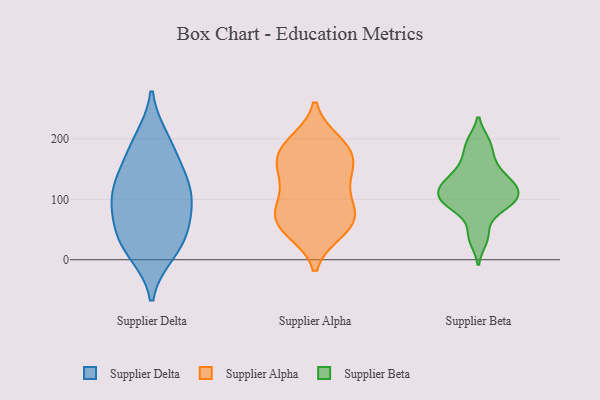
{"axis": {"x": "Active Users", "y": "Value"}, "legend": ["Supplier Alpha", "Supplier Beta", "Supplier Delta"], "data": [{"x": "", "y": 36, "type": "Supplier Delta"}, {"x": "", "y": 144, "type": "Supplier Delta"}, {"x": "", "y": 90, "type": "Supplier Delta"}, {"x": "", "y": 190, "type": "Supplier Delta"}, {"x": "", "y": 59, "type": "Supplier Delta"}, {"x": "", "y": 113, "type": "Supplier Delta"}, {"x": "", "y": 149, "type": "Supplier Delta"}, {"x": "", "y": 108, "type": "Supplier Delta"}, {"x": "", "y": 104, "type": "Supplier Delta"}, {"x": "", "y": 200, "type": "Supplier Delta"}, {"x": "", "y": 16, "type": "Supplier Delta"}, {"x": "", "y": 11, "type": "Supplier Delta"}, {"x": "", "y": 52, "type": "Supplier Delta"}, {"x": "", "y": 47, "type": "Supplier Alpha"}, {"x": "", "y": 108, "type": "Supplier Alpha"}, {"x": "", "y": 63, "type": "Supplier Alpha"}, {"x": "", "y": 188, "type": "Supplier Alpha"}, {"x": "", "y": 151, "type": "Supplier Alpha"}, {"x": "", "y": 76, "type": "Supplier Alpha"}, {"x": "", "y": 178, "type": "Supplier Alpha"}, {"x": "", "y": 195, "type": "Supplier Alpha"}, {"x": "", "y": 53, "type": "Supplier Alpha"}, {"x": "", "y": 158, "type": "Supplier Alpha"}, {"x": "", "y": 85, "type": "Supplier Alpha"}, {"x": "", "y": 84, "type": "Supplier Alpha"}, {"x": "", "y": 130, "type": "Supplier Alpha"}, {"x": "", "y": 53, "type": "Supplier Alpha"}, {"x": "", "y": 186, "type": "Supplier Alpha"}, {"x": "", "y": 148, "type": "Supplier Alpha"}, {"x": "", "y": 162, "type": "Supplier Beta"}, {"x": "", "y": 96, "type": "Supplier Beta"}, {"x": "", "y": 130, "type": "Supplier Beta"}, {"x": "", "y": 128, "type": "Supplier Beta"}, {"x": "", "y": 88, "type": "Supplier Beta"}, {"x": "", "y": 125, "type": "Supplier Beta"}, {"x": "", "y": 193, "type": "Supplier Beta"}, {"x": "", "y": 91, "type": "Supplier Beta"}, {"x": "", "y": 44, "type": "Supplier Beta"}, {"x": "", "y": 33, "type": "Supplier Beta"}, {"x": "", "y": 158, "type": "Supplier Beta"}, {"x": "", "y": 106, "type": "Supplier Beta"}, {"x": "", "y": 89, "type": "Supplier Beta"}, {"x": "", "y": 130, "type": "Supplier Beta"}, {"x": "", "y": 194, "type": "Supplier Beta"}, {"x": "", "y": 109, "type": "Supplier Beta"}, {"x": "", "y": 111, "type": "Supplier Beta"}]}